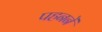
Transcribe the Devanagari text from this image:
पहननें